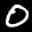
Label: 0